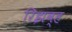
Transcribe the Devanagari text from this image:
रिझव्ह